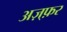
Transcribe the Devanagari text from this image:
अज़्फ़र